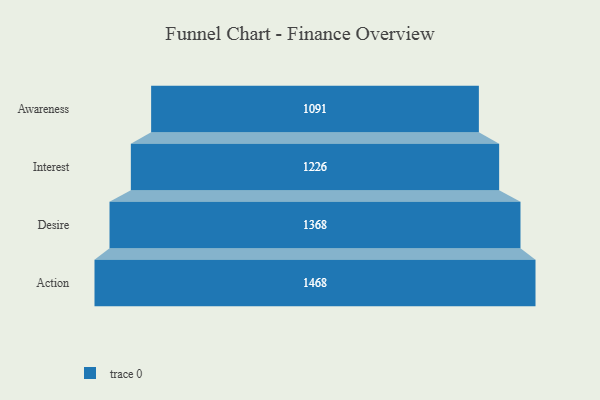
{"axis": {"x": "Stage", "y": "Value"}, "legend": [""], "data": [{"x": "Awareness", "y": 1091.0, "type": ""}, {"x": "Interest", "y": 1226.0, "type": ""}, {"x": "Desire", "y": 1368.0, "type": ""}, {"x": "Action", "y": 1468.0, "type": ""}]}